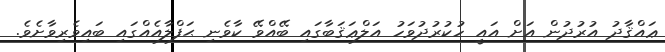
ޢައްޤާދު އުރުދުން އަށް އައީ ހުކުރުދުވަހު އަލްޢަޤަބާގައި ބޭއްވޭ ކާވެނި ޙަފްލާއެއްގައި ބައިވެރިވާށެވެ.